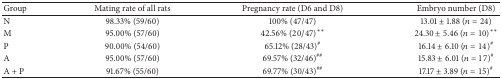
<table><thead><tr><td><b>Group</b></td><td><b>Mating rate of all rats</b></td><td><b>Pregnancy rate (D6 and D8)</b></td><td><b>Embryo number (D8)</b></td></tr></thead><tbody><tr><td>N</td><td>98.33% (59/60)</td><td>100% (47/47)</td><td>13.01 ± 1.88 (<i>n</i> = 24)</td></tr><tr><td>M</td><td>95.00% (57/60)</td><td>42.56%(20/47)<sup><i>∗∗</i></sup></td><td>24.30 ± 5.46 (<i>n</i> = 10)<sup><i>∗∗</i></sup></td></tr><tr><td>P</td><td>90.00% (54/60)</td><td>65.12% (28/43)<sup>#</sup></td><td>16.14 ± 6.10 (<i>n</i> = 14)<sup>#</sup></td></tr><tr><td>A</td><td>95.00% (57/60)</td><td>69.57% (32/46)<sup>##</sup></td><td>15.83 ± 6.01 (<i>n</i> = 17)<sup>#</sup></td></tr><tr><td>A + P</td><td>91.67% (55/60)</td><td>69.77% (30/43)<sup>##</sup></td><td>17.17 ± 3.89 (<i>n</i> = 15)<sup>#</sup></td></tr></tbody></table>